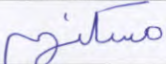
مسكنهم